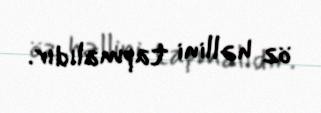
öz həllini tapmalıdır.